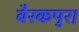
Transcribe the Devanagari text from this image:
बैरकपुर।